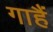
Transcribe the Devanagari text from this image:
गाहैं